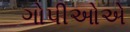
ગોપીઓએ